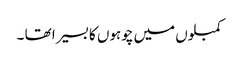
کمبلوں میں چوہوں کا بسیرا تھا ۔